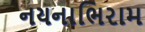
નયનાભિરામ